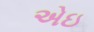
એઇ